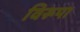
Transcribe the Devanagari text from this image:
विरूपा